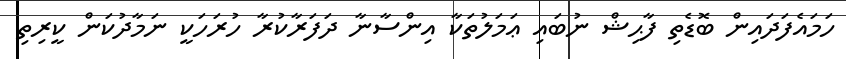
ހަމައެފަދައިން ބޮޑެތި ފާޙިޝް ނުބައި ޢަމަލުތަކާ އިންސާނާ ދަފަރާކުރާ ހުރަހަކީ ނަމާދުކަން ކީރިތި